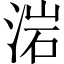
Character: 𣷰